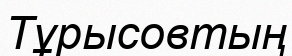
Тұрысовтың